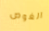
الغوص